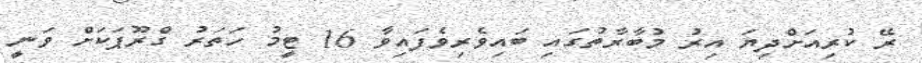
ރޭ ކުރިއަށްދިޔަ އިރު މުބާރާތުގައި ބައިވެރިވެފައިވާ 16 ޓީމު ހަތަރު ގްރޫޕަކަށް ވަނީ